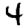
Digit: 4